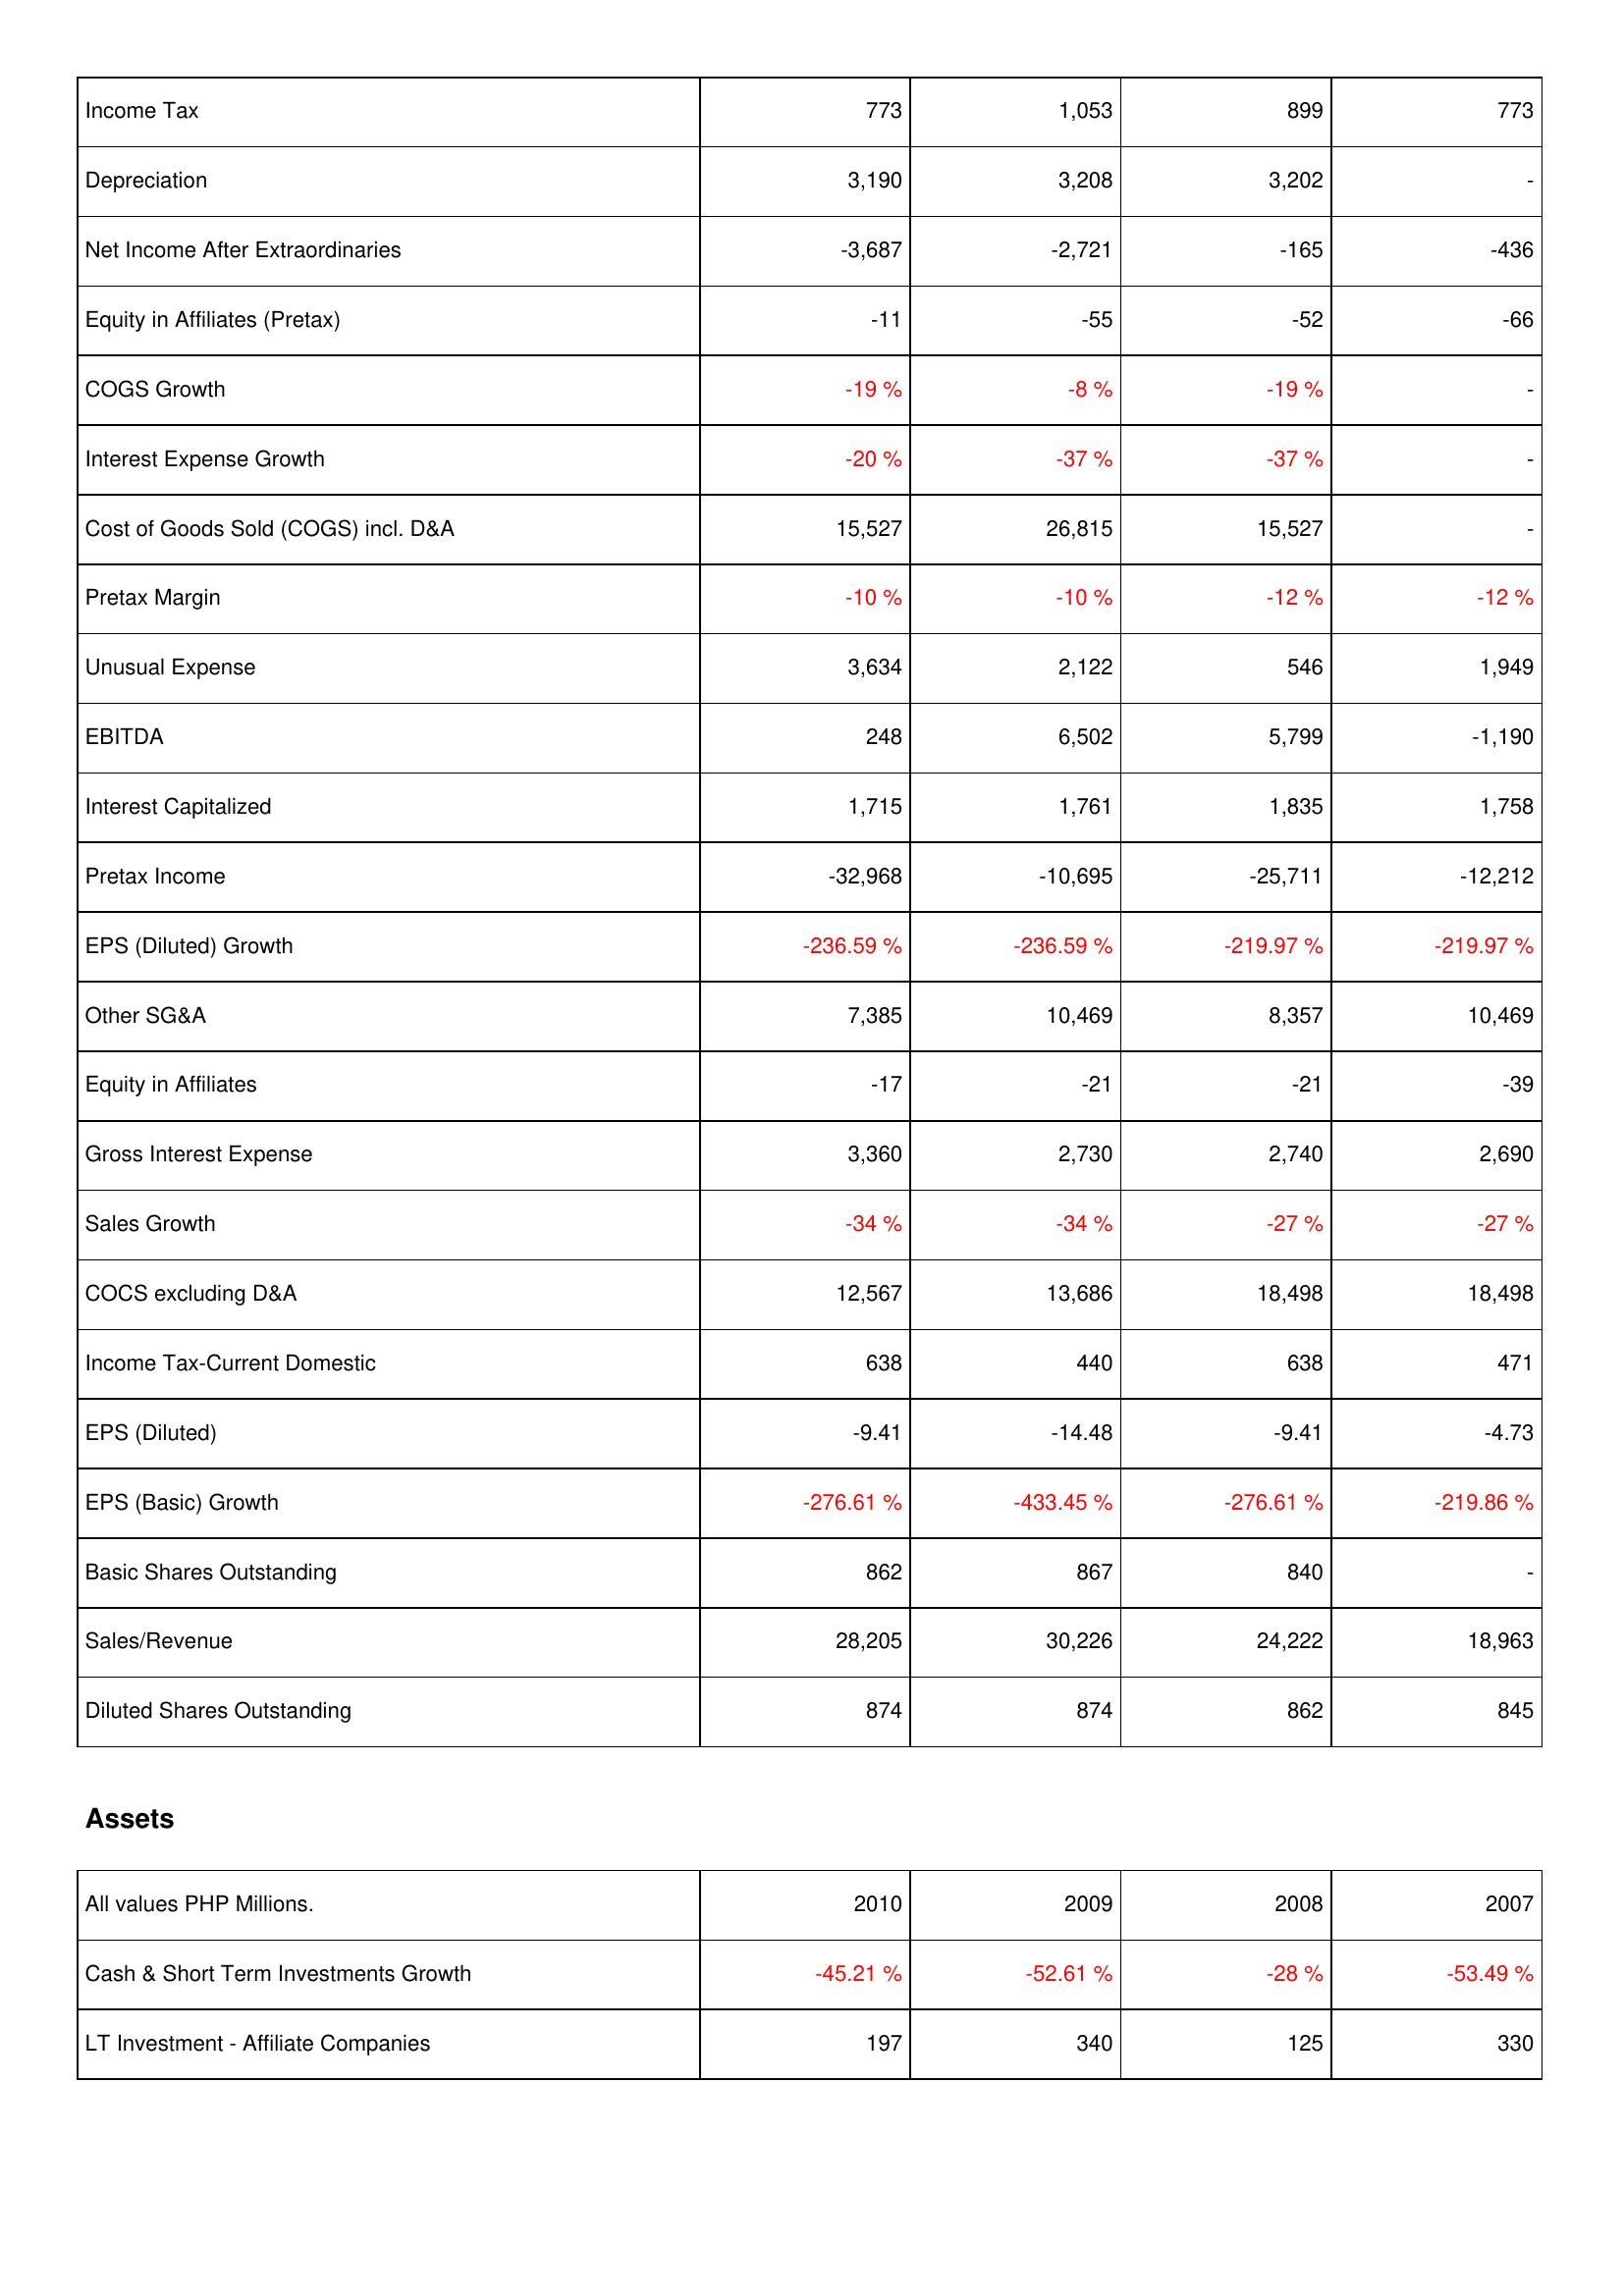
2010: Income Statement: Income Tax: 773
Depreciation: 3,190
Net Income After Extraordinaries: -3,687
Equity in Affiliates (Pretax): -11
COGS Growth: -19 %
Interest Expense Growth: -20 %
Cost of Goods Sold (COGS) incl. D&A: 15,527
Pretax Margin: -10 %
Unusual Expense: 3,634
EBITDA: 248
Interest Capitalized: 1,715
Pretax Income: -32,968
EPS (Diluted) Growth: -236.59 %
Other SG&A: 7,385
Equity in Affiliates: -17
Gross Interest Expense: 3,360
Sales Growth: -34 %
COCS excluding D&A: 12,567
Income Tax-Current Domestic: 638
EPS (Diluted): -9.41
EPS (Basic) Growth: -276.61 %
Basic Shares Outstanding: 862
Sales/Revenue: 28,205
Diluted Shares Outstanding: 874
Assets: Cash & Short Term Investments Growth: -45.21 %
LT Investment - Affiliate Companies: 197
2009: Income Statement: Income Tax: 1,053
Depreciation: 3,208
Net Income After Extraordinaries: -2,721
Equity in Affiliates (Pretax): -55
COGS Growth: -8 %
Interest Expense Growth: -37 %
Cost of Goods Sold (COGS) incl. D&A: 26,815
Pretax Margin: -10 %
Unusual Expense: 2,122
EBITDA: 6,502
Interest Capitalized: 1,761
Pretax Income: -10,695
EPS (Diluted) Growth: -236.59 %
Other SG&A: 10,469
Equity in Affiliates: -21
Gross Interest Expense: 2,730
Sales Growth: -34 %
COCS excluding D&A: 13,686
Income Tax-Current Domestic: 440
EPS (Diluted): -14.48
EPS (Basic) Growth: -433.45 %
Basic Shares Outstanding: 867
Sales/Revenue: 30,226
Diluted Shares Outstanding: 874
Assets: Cash & Short Term Investments Growth: -52.61 %
LT Investment - Affiliate Companies: 340
2008: Income Statement: Income Tax: 899
Depreciation: 3,202
Net Income After Extraordinaries: -165
Equity in Affiliates (Pretax): -52
COGS Growth: -19 %
Interest Expense Growth: -37 %
Cost of Goods Sold (COGS) incl. D&A: 15,527
Pretax Margin: -12 %
Unusual Expense: 546
EBITDA: 5,799
Interest Capitalized: 1,835
Pretax Income: -25,711
EPS (Diluted) Growth: -219.97 %
Other SG&A: 8,357
Equity in Affiliates: -21
Gross Interest Expense: 2,740
Sales Growth: -27 %
COCS excluding D&A: 18,498
Income Tax-Current Domestic: 638
EPS (Diluted): -9.41
EPS (Basic) Growth: -276.61 %
Basic Shares Outstanding: 840
Sales/Revenue: 24,222
Diluted Shares Outstanding: 862
Assets: Cash & Short Term Investments Growth: -28 %
LT Investment - Affiliate Companies: 125
2007: Income Statement: Income Tax: 773
Depreciation: -
Net Income After Extraordinaries: -436
Equity in Affiliates (Pretax): -66
COGS Growth: -
Interest Expense Growth: -
Cost of Goods Sold (COGS) incl. D&A: -
Pretax Margin: -12 %
Unusual Expense: 1,949
EBITDA: -1,190
Interest Capitalized: 1,758
Pretax Income: -12,212
EPS (Diluted) Growth: -219.97 %
Other SG&A: 10,469
Equity in Affiliates: -39
Gross Interest Expense: 2,690
Sales Growth: -27 %
COCS excluding D&A: 18,498
Income Tax-Current Domestic: 471
EPS (Diluted): -4.73
EPS (Basic) Growth: -219.86 %
Basic Shares Outstanding: -
Sales/Revenue: 18,963
Diluted Shares Outstanding: 845
Assets: Cash & Short Term Investments Growth: -53.49 %
LT Investment - Affiliate Companies: 330